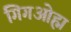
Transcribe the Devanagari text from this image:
गिगओह्म